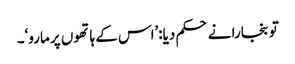
تو بنجارا نے حکم دیا:’اس کے ہاتھوں پر مارو‘۔